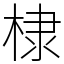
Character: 棣